Annual returns of the Patna Lunatic Asylum at Bankipore in Bihar and Orissa - 1912-1924
Year: 1912
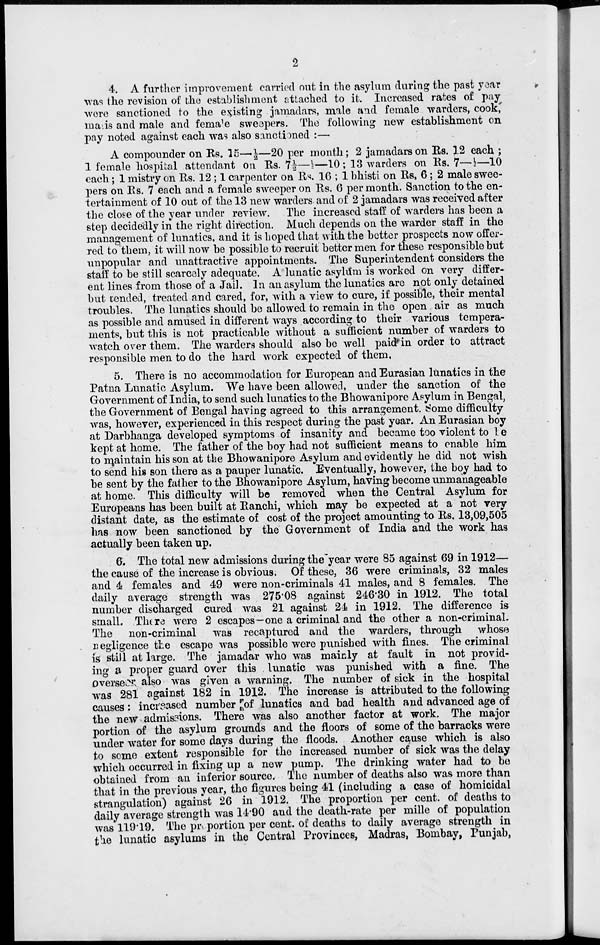
2
4. A further improvement carried out in the asylum during the past year
was the revision of the establishment attached to it. Increased rates of pay
were sanctioned to the existing jamadars, male and female warders, cook,
malis and male and females sweepers. The following new establishment on
pay noted against each was also sanctioned :—
A compounder on Rs. 15—½—20 per month; 2 jamadars on Rs. 12 each ;
1 female hospital attendant on Rs. 7½—½—10; 13 warders on Rs. 7—½—10
each; 1 mistry on Rs. 12 ; 1 carpenter on Rs. 16 ; 1 bhisti on Rs. 6; 2 male swee-
pers on Rs. 7 each and a female sweeper on Rs. 6 per month. Sanction to the en-
tertainment of 10 out of the 13 new warders and of 2 jamadars was received after
the close of the year under review. The increased staff of warders has been a
step decidedly in the right direction. Much depends on the warder staff in the
management of lunatics,and it is hoped that with the better prospects now offer-
red to them, it will now be possible to recruit better men for these responsible but
unpopular and unattractive appointments. The Superintendent considers the
staff to be still scarcely adequate. A lunatic asylum is worked on very differ-
ent lines from those of a Jail. In an asylum the lunatics are not only detained
but tended, treated and cared, for, with a view to cure, if possible, their mental
troubles. The lunatics should be allowed to remain in the open air as much
as possible and amused in different ways according to their various tempera-
ments, but this is not practicable without a sufficient number of warders to
watch over them. The warders should also be well paid in order to attract
responsible men to do the hard work expected of them.
5. There is no accommodation for European and Eurasian lunatics in the
Patna Lunatic Asylum. We have been allowed, under the sanction of the
Government of India, to send such lunatics to the Bhowanipore Asylum in Bengal,
the Government of Bengal having agreed to this arrangement. Some difficulty
was, however, experienced in this respect during the past year. An Eurasian boy
at Darbhanga developed symptoms of insanity and became too violent to be
kept at home. The father of the boy had not sufficient means to enable him
to maintain his son at the Bhowanipore Asylum and evidently he did not wish
to send his son there as a pauper lunatic. Eventually, however, the boy had to
be sent by the father to the Bhowanipore Asylum, having become unmanageable
at home. This difficulty will be removed when the Central Asylum for
Europeans has been built at Ranchi, which may be expected at a not very
distant date, as the estimate of cost of the project amounting to Rs. 13,09,505
has now been sanctioned by the Government of India and the work has
actually been taken up.
6. The total new admissions during the year were 85 against 69 in 1912—
the cause of the increase is obvious. Of these, 36 were criminals, 32 males
and 4 females and 49 were non-criminals 41 males, and 8 females. The
daily average strength was 275.08 against 246.30 in 1912. The total
number discharged cured was 21 against 24 in 1912. The difference is
small. There were 2 escapes—one a criminal and the other a non-criminal.
The non-criminal was recaptured and the warders, through whose
negligence the escape was possible were punished with fines. The criminal
is still at large. The jamadar who was mainly at fault in not provid-
ing a proper guard over this lunatic was punished with a fine. The
overseer also was given a warning. The number of sick in the hospital
was 281 against 182 in 1912. The increase is attributed to the following
causes : increased number of lunatics and bad health and advanced age of
the new admissions. There was also another factor at work. The major
portion of the asylum grounds and the floors of some of the barracks were
under water for some days during the floods. Another cause which is also
to some extent responsible for the increased number of sick was the delay
which occurred in fixing up a new pump. The drinking water had to be
obtained from an inferior source. The number of deaths also was more than
that in the previous year, the figures being 41 (including a case of homicidal
strangulation) against 26 in 1912. The proportion per cent. of deaths to
daily average strength was 14.90 and the death-rate per mille of population
was 119.19. The proportion per cent. of deaths to daily average strength in
the lunatic asylums in the Central Provinces, Madras, Bombay, Punjab,